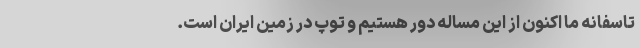
تاسفانه ما اکنون از این مساله دور هستیم و توپ در زمین ایران است.